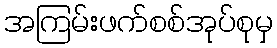
အကြမ်းဖက်စစ်အုပ်စုမှ